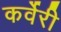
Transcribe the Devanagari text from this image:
कर्वेरी